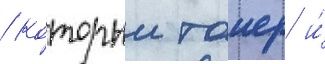
/ которыи таиер и́